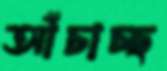
আঁচাচ্ছ